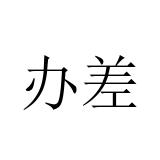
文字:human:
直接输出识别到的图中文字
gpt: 办差